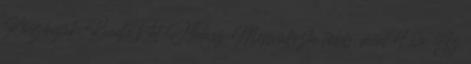
Köszönjük. KiadtaPál Halász Megváltozta több, mint 4 éve Az